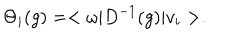
\Theta _ { i } ( g ) = < \omega | D ^ { - 1 } ( g ) | v _ { i } > .